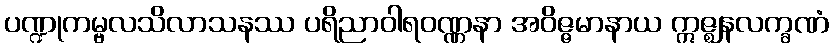
ပဏ္ဍုကမ္ဗလသိလာသနဿ ပရိညာဝါရဝဏ္ဏနာ အဝိဇ္ဇမာနာယ ဣဇ္ဈနလက္ခဏံ